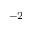
^ { - 2 }